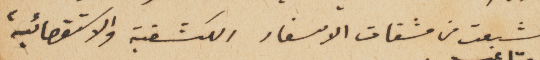
شبعت من مشقات الاسفار الكشفية والاستقصائية